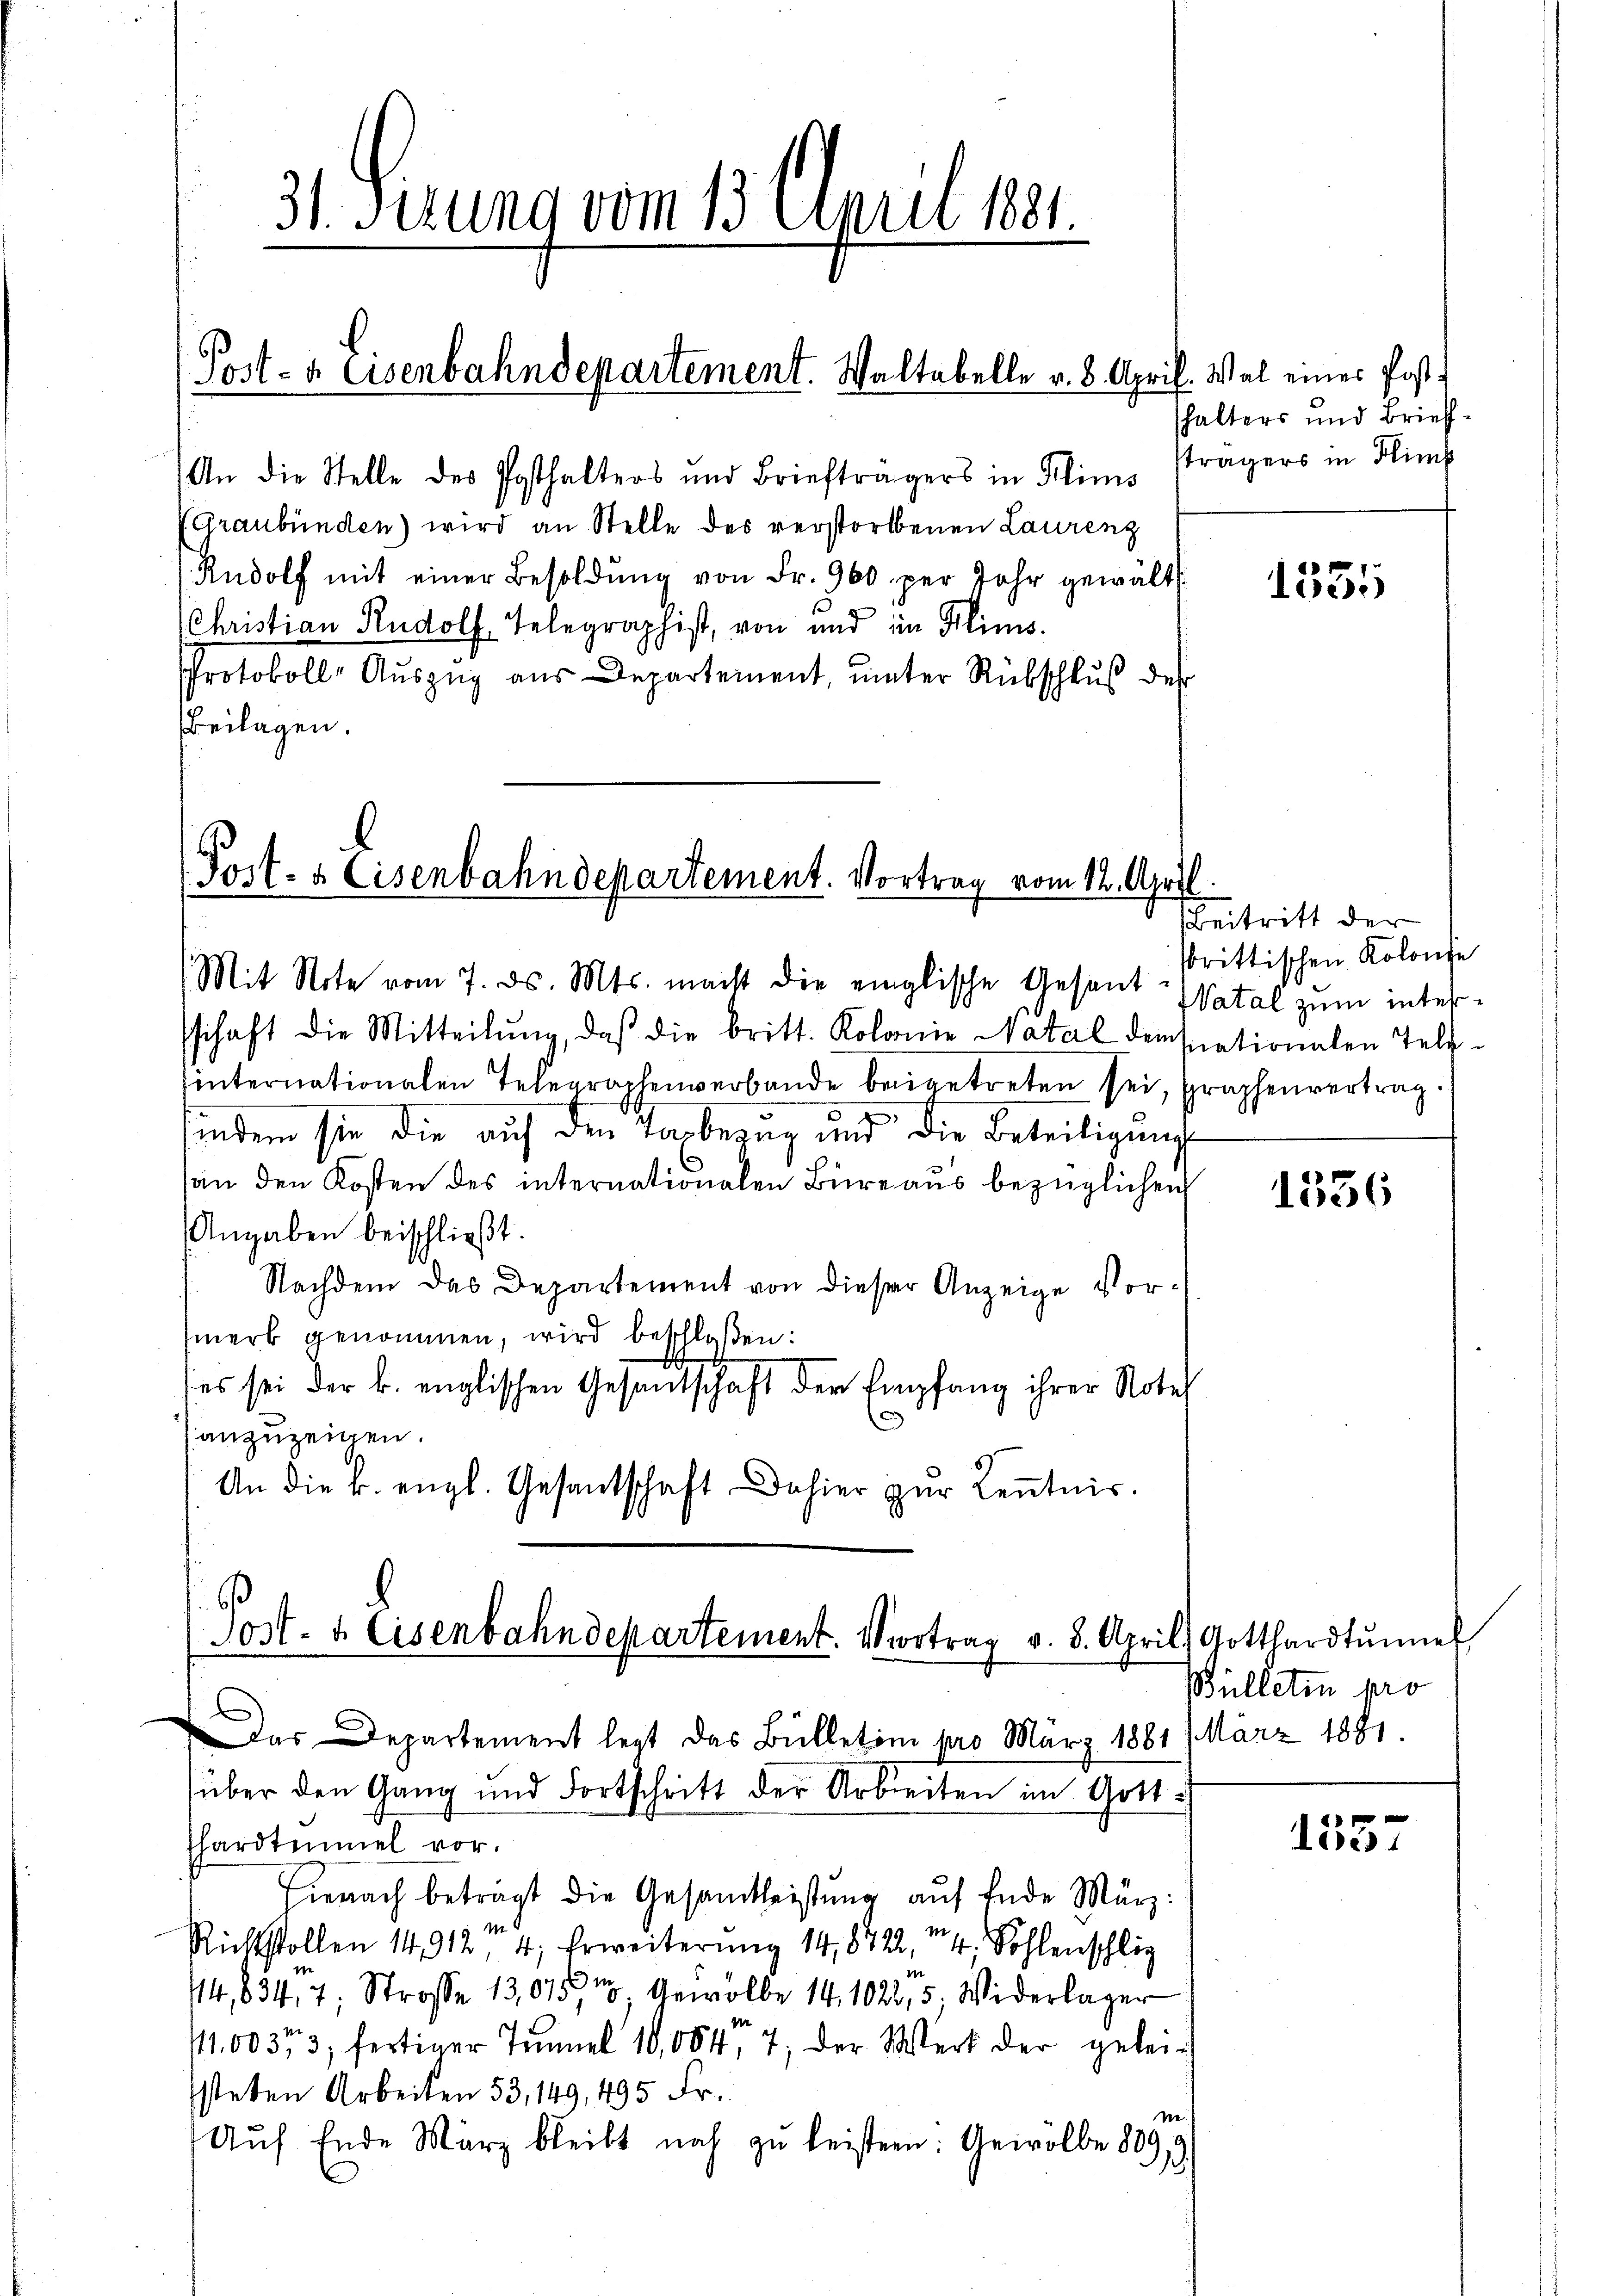
31. Ferung vom 1. April 1891.

An die Stelle des Posthalters und Briefträgers in Flims strägers in Flims
Graubünden) wird an Stelle des verstorbenen Laurenz
Rudolf mit einer Besoldŭng von Fr. 960. per Jahr gewält
(Christian Rudolf Telegraphist, von und in Flims
Protokolle Auszug aus Departement, unter Rübschluß der
Beilagen.

Post- & Eisenbahndepartement. Vortrag vom 12. April.

Post- & Eisenbahndepartement. Waltabelle v. 8. April. Wal eines Post¬

Mit Note vom 7. ds. Mts. macht die einglische Gesandsschaft die Mitteilŭng, daß die britt. Kolonie Natal demnationalen Tele-
internationalen Telegraphenverbande beigetreten sei, graphenvertrag.
findem sie die auf den Taxbezug und die Beteiligung
son den Kosten des internationalen Büreaus bezüglichen
Angaben beischließt:
Nachdem das Departement von dieser Anzeige Vorsmerk genommen, wird beschloßen:
es sei der k. englischen Gesantschaft der Empfang ihrer Notel
6
anzuzeigen.
An die k. engl. Gesantschaft dahier zŭr Keṅtnis.

über den Gang und Fortschritt der Arbeiten im Gott¬

Post- & Eisenbahndepartement. Vortrag v. 8. April. Gotthardtŭmel
d
Das Departement legt das Bülletem pro März 1881 März 1891

hardtemmel vor.
Hienach betragt die Gesamtleistŭng aŭf Ende März
Richtstollen 14912, 4, Erweiterung 14,8422, 4, Sohlenschlie
e
14,834, 7, Strasse 13,015m Gewölbe 14, 102, 5, Widerlager
/11,00353; fertiger Tunnel 10,0047, der Werk der geleisteten Arbeiten 53, 149, 495 Fr.
Ne s
Aŭf Ende März bleibt noch zu leistern: Gewölbe 809,9

shalters und Brief¬

1335

Beitritt der
srittischen Kolonte
Watal zum inter¬

1336

Bülletin pro

1557